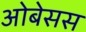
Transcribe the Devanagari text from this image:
ओबेसस